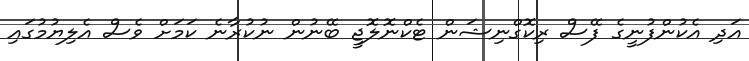
އަދި އެކުންފުނީގެ ފޭސް ރިކޮގްނިޝަން ޓެކްނޮލޮޖީ ބޭނުން ނުކުރާނެ ކަމަށް ވެސް އެލިޔުމުގައި